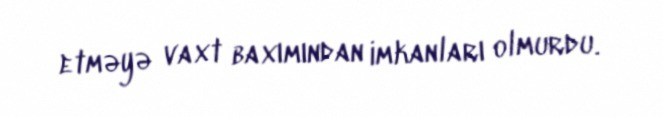
etməyə vaxt baxımından imkanları olmurdu.